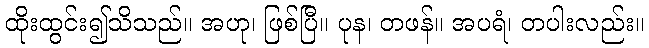
ထိုးထွင်း၍သိသည်။ အဟု၊ ဖြစ်ပြီ။ ပုန၊ တဖန်။ အပရံ၊ တပါးလည်း။